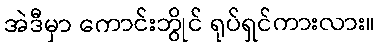
အဲဒီမှာ ကောင်းဘွိုင် ရုပ်ရှင်ကားလား။